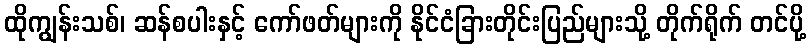
ထိုကျွန်းသစ်၊ ဆန်စပါးနှင့် ကော်ဖတ်များကို နိုင်ငံခြားတိုင်းပြည်များသို့ တိုက်ရိုက် တင်ပို့